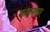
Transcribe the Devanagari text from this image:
रूपनवर